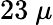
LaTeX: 23\ \mu